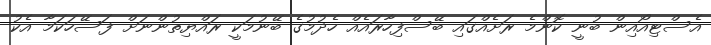
އެސްޓިއޯއިން ބުނީ ކޮންމެ ރަށެއްގައި ބޭސްފިހާރައެއް ހެދުމުގެ ބޭނުމަކީ ރައްޔިތުންނަށް ފަސޭހަކަމާ އެކު